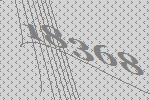
18368